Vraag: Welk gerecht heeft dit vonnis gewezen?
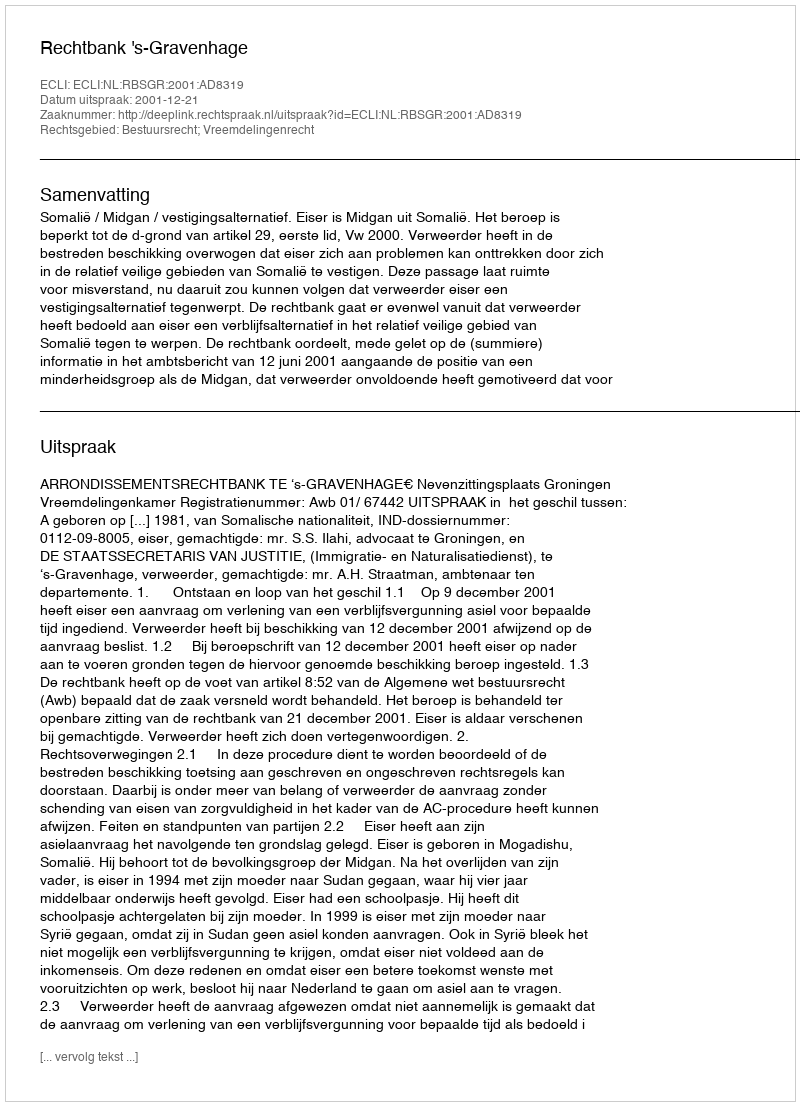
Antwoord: Rechtbank 's-Gravenhage